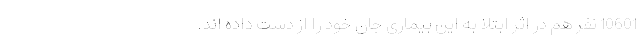
10601 نفر هم در اثر ابتلا به این بیماری جان خود را از دست داده اند.